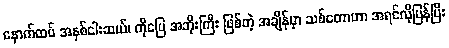
နောက်ထပ် အနှစ်ငါးဆယ်၊ ကိုပြေ အဘိုးကြီး ဖြစ်တဲ့ အချိန်မှာ သစ်တောဟာ အရင်လိုပြန်ပြီး